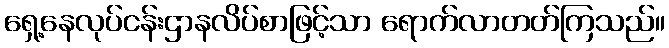
ရှေ့နေလုပ်ငန်းဌာနလိပ်စာဖြင့်သာ ရောက်လာတတ်ကြသည်။